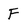
Character: F